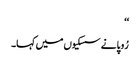
‘‘
رُوپا نے سسکیوں میں کہا۔